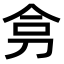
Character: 𭃟